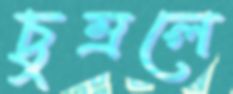
চুম্‌রলে